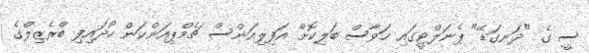
ސީ ގެ "ދަނގަޑޭ" ޕެނަލްޓީގައި ހަވާސް ބަލިކޮށް އަފިލިއަންސް ޗެމްޕިއަންކަން ހޯދައިފި ބްރެޒިލްގެ